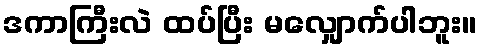
ဒကာကြီးလဲ ထပ်ပြီး မလျှောက်ပါဘူး။